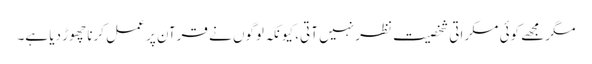
مگر مجھے کوئی مسکراتی شخصیت نظر نہیں آتی، کیونکہ لوگوں نے قرآن پر عمل کرنا چھوڑ دیا ہے۔